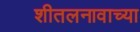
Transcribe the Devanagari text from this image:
शीतलनावाच्या